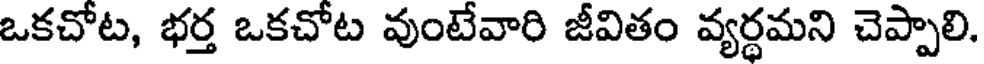
ఒకచోట, భర్త ఒకచోట వుంటేవారి జీవితం వ్యర్థమని చెప్పాలి.